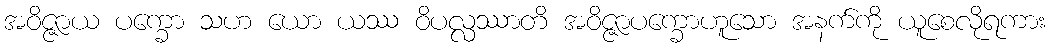
အဝိဇ္ဇာယ ပက္ခော သဟ ယော ယဿ ဝိပလ္လဿာတိ အဝိဇ္ဇာပက္ခောဟူသော အနက်ကို ယူစေလိုရကား